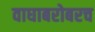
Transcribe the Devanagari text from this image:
वाघाबरोबरच